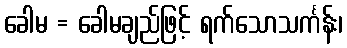
ခေါမ = ခေါမချည်ဖြင့် ရက်သောသင်္ကန်း၊